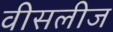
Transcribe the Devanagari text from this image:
वीसलीज